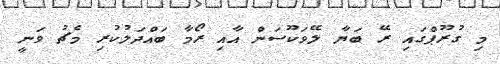
މި ގުރޫޕްގައި ރޭ ބަޔާ ލޭވަކޫސަން އާއި ރޯމާ ބައްދަލުކުރި މެޗު ވަނީ